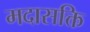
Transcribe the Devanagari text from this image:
मदासक्ति